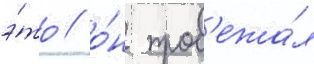
э́то / о́н проб'ежа́л